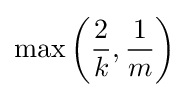
\max \left({\frac {2}{k}},{\frac {1}{m}}\right)